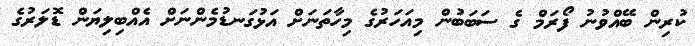
ކުރިން ބޭއްވުނު ފޯރަމް ގެ ސަބަބުން މިއަހަރުގެ މިހާތަނަށް އަޅުގަނޑުމެންނަށް އެއްބިލިޔަން ޑޮލަރުގެ